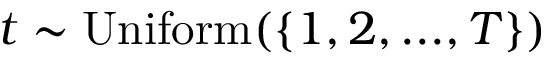
t \sim \mathrm { U n i f o r m } ( \{ 1 , 2 , . . . , T \} )